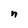
Character: n